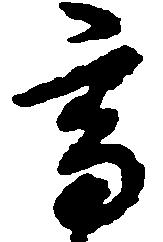
高